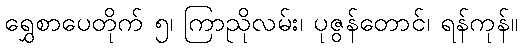
ရွှေစာပေတိုက် ၅၊ ကြာညိုလမ်း၊ ပုဇွန်တောင်၊ ရန်ကုန်။